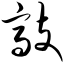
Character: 敲